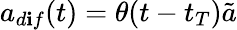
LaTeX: a_{d\mathbf{i}f}(t)=\theta(t-t_{T})\tilde{{a}}